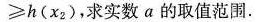
≥ h ( x _ { 2 } )$$，求实数a的取值范围.